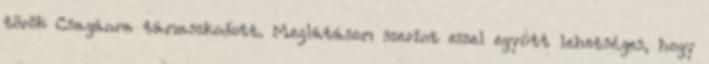
török Csagánra támaszkodott. Meglátásom szerint ezzel együtt lehetséges, hogy